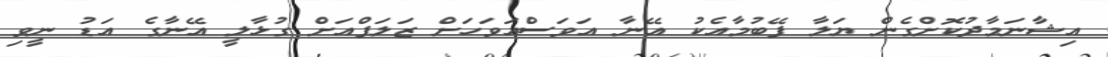
އިޝާނަމާދުކޮށްގެން ޔަލާ ފޭބުމާއެކު އޭނާ އަވަސްއަވަހަށް ޒަލަފްއަށް ގުޅާލީ އޭނާގެ އަޑު ނީވި